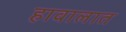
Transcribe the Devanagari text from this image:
हावालात